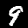
Label: 9